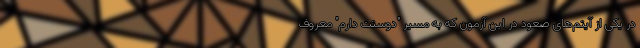
در یکی از آیتم‌های صعود در این آزمون که به مسیر "دوستت دارم" معروف